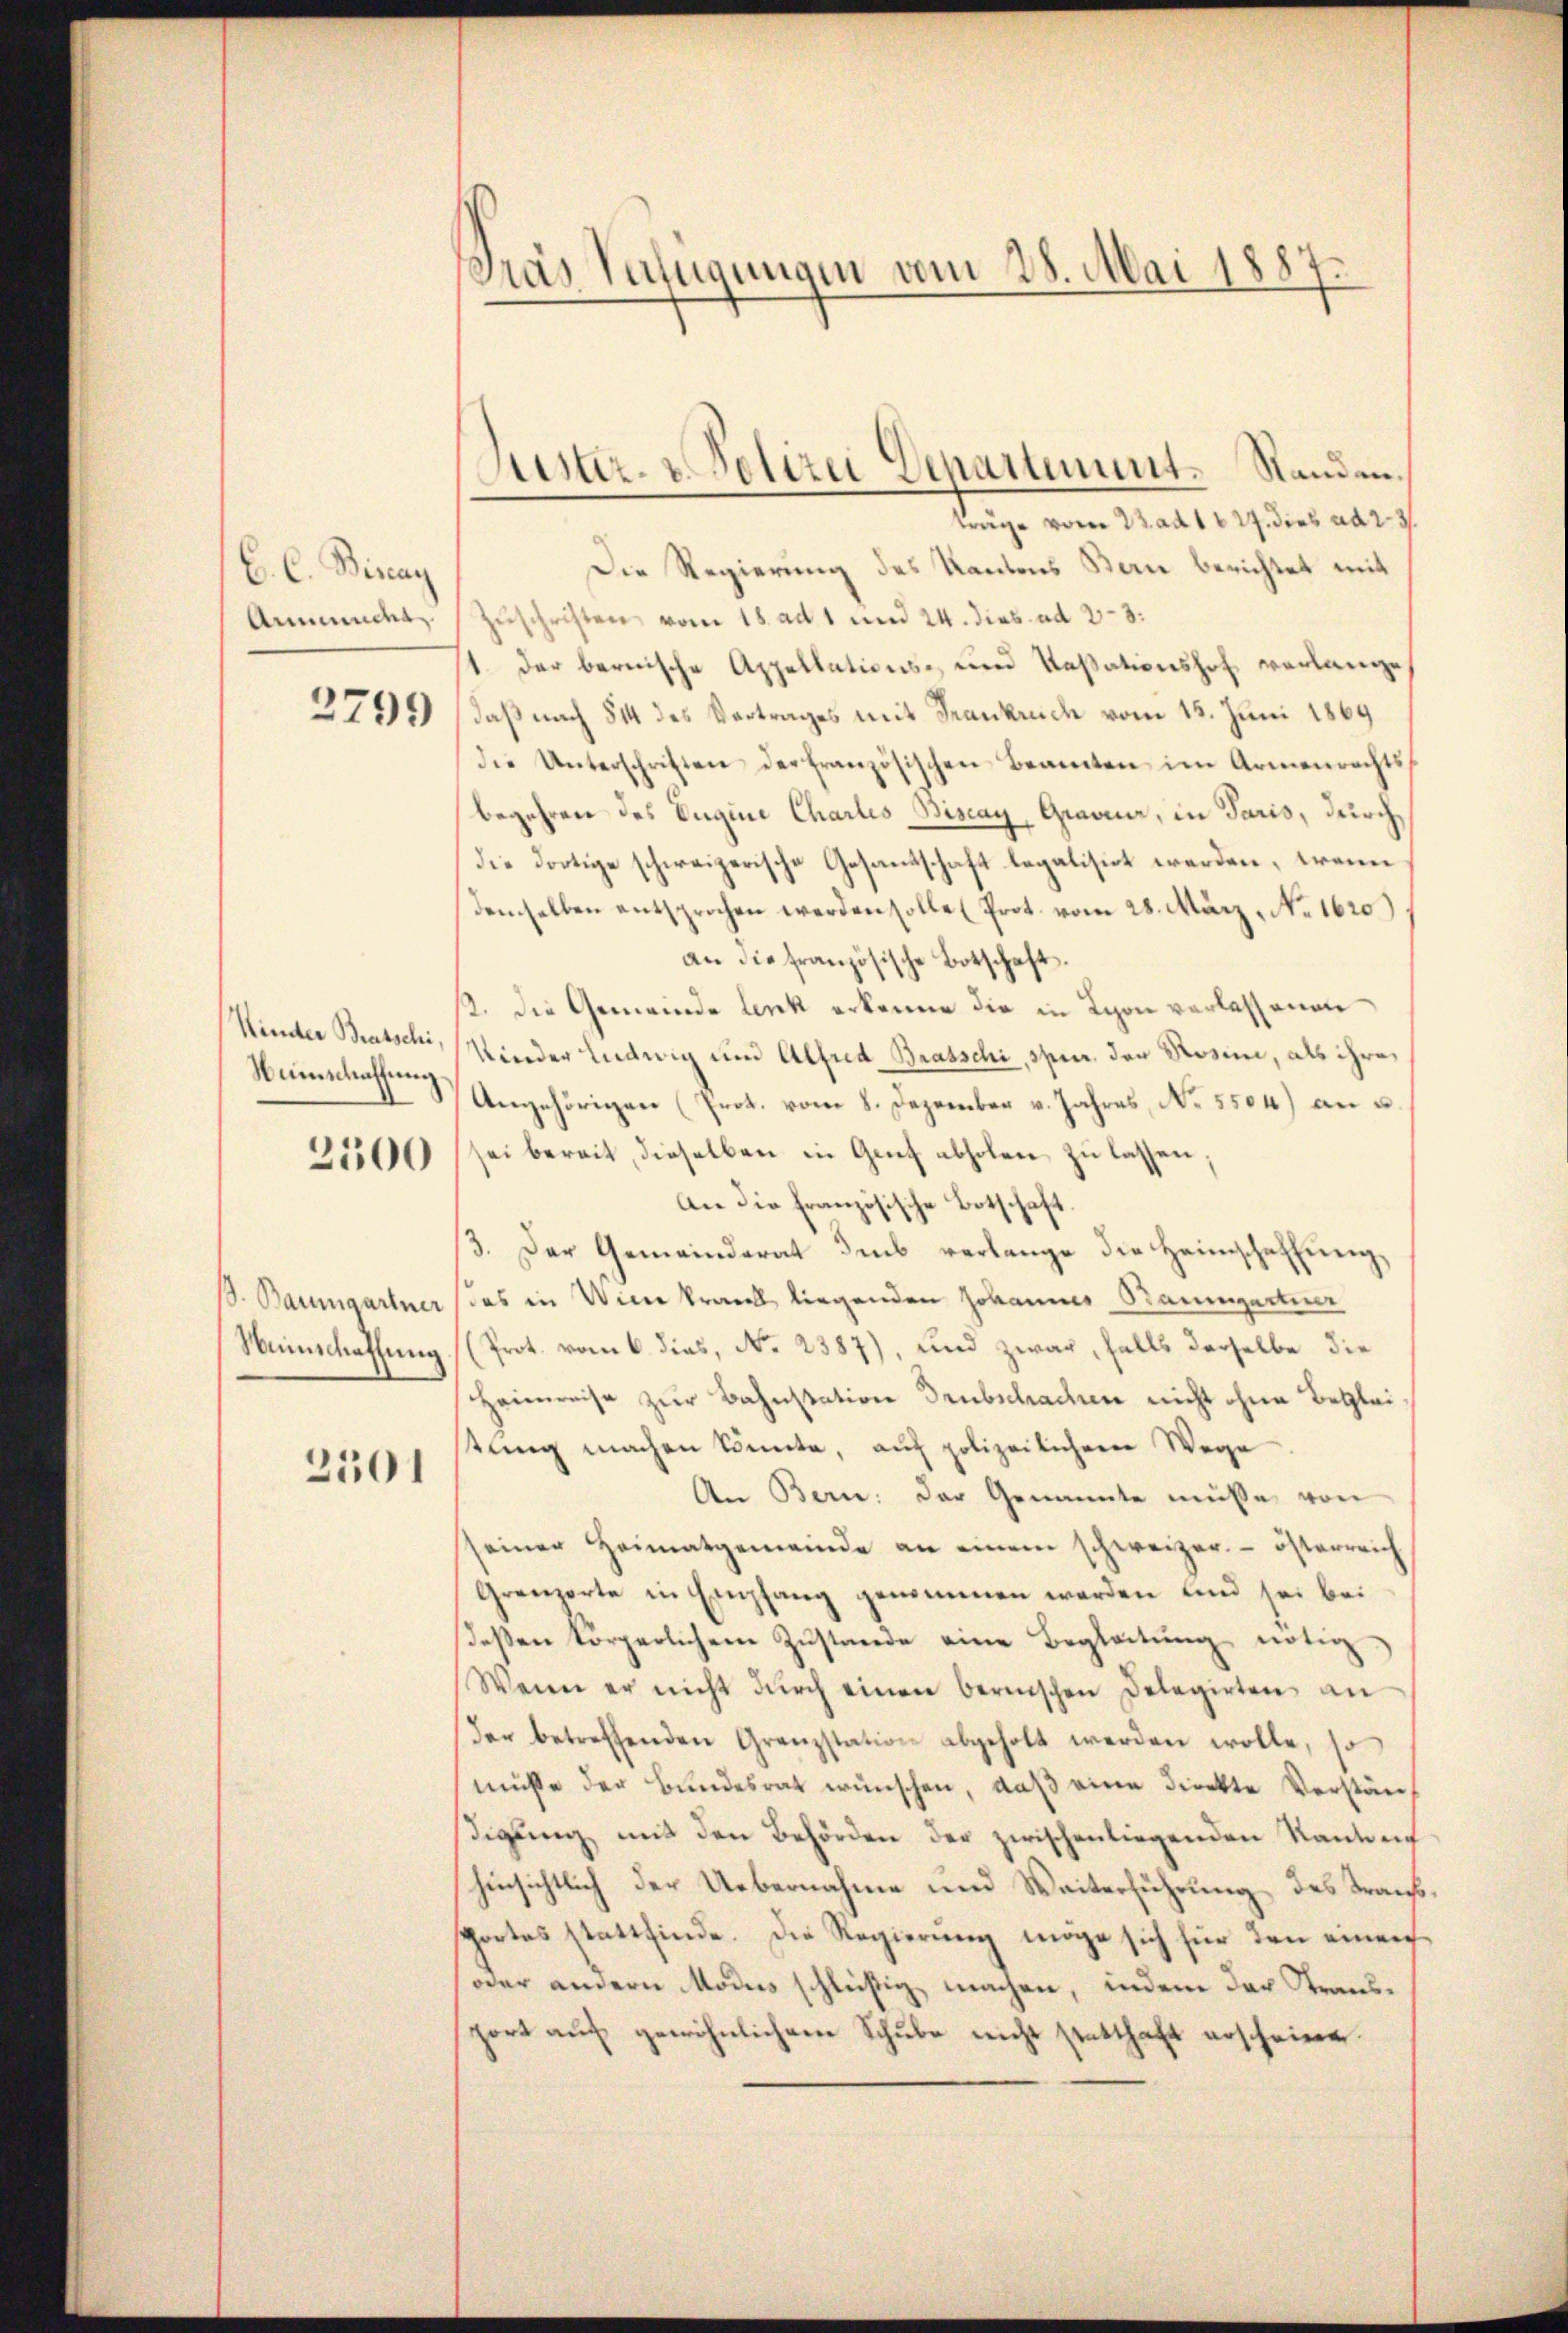
C. C. Biray
Anmuncha

2799

Kinder Bratschi,
Numschaffung

2500

S. Baumgartner
Wunschaffung

2501

dras Verfügungen vom 28. Mai 1887.

uster. v. Polizei Departement. Standen.

träge vom 22. ad 1827. dies ad 2. 3.
Die Regierung des Kantons Bern berichtet mit
Zuschriften vom 18. ad 1 und 24. dies ad 28.
1. der bernische Appellations- und Kassationshof verlange,
daß nach § 14 des Vertrages mit Frankruch vom 15. Juni 1869
die Unterschriften der französischen Beamten im Armenrechts
begehren des Eugine Chartes Biscay, Gravier, in Paris, durch
die dortige schweizerische Gesandtschaft legalisirt werden, wenn
demselben entsprochen werden solle (Prot. vom 28. März, No 1620)
an die französische Botschaft.
2. Die Gemeinde lenk erkenne die in Lyon verlassenen
Kinder Ludwig um Alfred Bratschi, spur. der Rosine, als ihre
Angehörigen (Prot. vom 8. Dezember v. Jahres, No. 5504) an u.
sei bereit, dieselben in Genf abholen zu lassen;
An die französische Botschaft
3. Der Gemeinderat Imb verlange die Heimschaffungdas in Wiene krank liegenden Johannes Baumgartiner
Prot. vom 6. dies, No. 2387), und zwar, falls derselbe die
Heimweise zŭr Bahnstation Drubschachen nicht ohne Begleitŭng machen könnte, aŭf polizeilichen Wege
An Bern. Der Genannte müsse von
seiner Heimatgemeinde an einem schweizer. österreich
Grenzerte in Empfang genommen werden und sei bei
deβen körperlichem Zŭstande eine Begleitŭng nötig
Wenn er nicht dŭrch einen bernischen Delegirten an
der betreffenden Granzstation abgeholt werden wolle, so
müsse der Bundesrat wünschen, daß eine Direkte Verständigung mit den Behörden der zwischenliegenden Rankenh
hinsichtlich der Uebernahme und Weiterführung des Transportes stattfinde. Die Regierung möge sich für den einer¬
oder andern Modus schlüßig machen, indem der Stransport aŭf gewöhnlichem Schube nicht statthaft erscheinen.